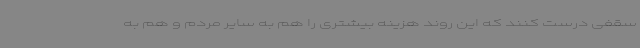
سقفی درست کنند که این روند هزینه بیشتری را هم به سایر مردم و هم به